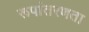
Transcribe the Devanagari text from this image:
रूपांतरणता